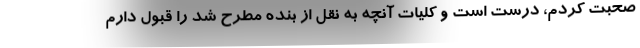
صحبت کردم،‌ درست است و کلیات آنچه به نقل از بنده مطرح شد را قبول دارم